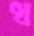
ধ